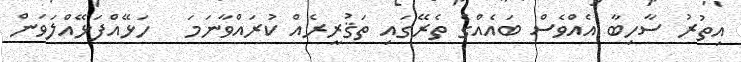
އިތުރު ސާހިބާ އެއްވެސް ބައެއްގެ ތެރޭގައި ތަޤުރީރެއް ކުރައްވާނަމަ   ހަޅޭއްފަޅޭއްލަވަން